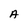
Character: A